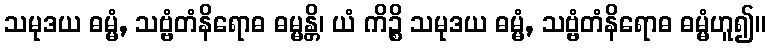
သမုဒယ ဓမ္မံ, သဗ္ဗံတံနိရောဓ ဓမ္မန္တိ၊ ယံ ကိဉ္စိ သမုဒယ ဓမ္မံ, သဗ္ဗံတံနိရောဓ ဓမ္မံဟူ၍။